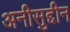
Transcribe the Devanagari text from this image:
अनीसुद्दीन